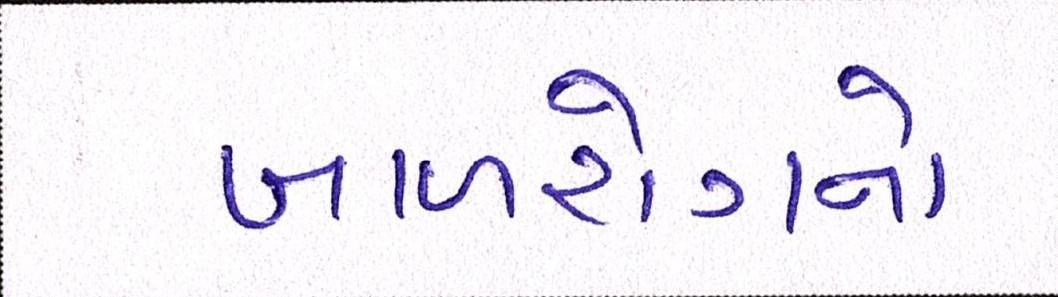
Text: બાળરોગનો